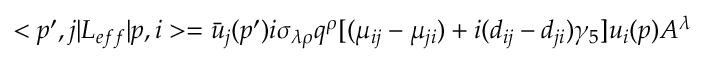
< p ^ { \prime } , j | { \cal L } _ { e f f } | p , i > = \bar { u } _ { j } ( p ^ { \prime } ) i \sigma _ { \lambda \rho } q ^ { \rho } [ ( \mu _ { i j } - \mu _ { j i } ) + i ( d _ { i j } - d _ { j i } ) \gamma _ { 5 } ] u _ { i } ( p ) A ^ { \lambda }